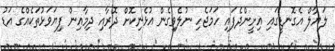
ލަޔާލް އެގޮނޑީގައި އިށީންދެފައި ހަމަޖެހި ނުލެވިގެން އުޅެނިކޮށް ދޮރާއި ދިމާއިން ފިޔަވަޅުތަކެއްގެ އަޑު